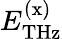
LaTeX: E_{\mathrm{THz}}^{\mathrm{(x)}}